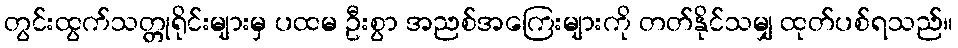
တွင်းထွက်သတ္တုရိုင်းများမှ ပထမ ဦးစွာ အညစ်အကြေးများကို တတ်နိုင်သမျှ ထုတ်ပစ်ရသည်။